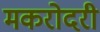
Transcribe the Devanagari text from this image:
मकरोदरी